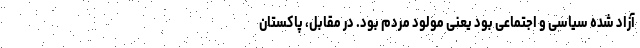
آزاد شده سیاسی و اجتماعی بود یعنی مولود مردم بود. در مقابل، پاکستان